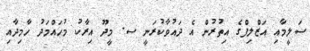
ސަލީމާއި އަޒްލިފްގެ އިތުރުން އެ ދައުވާކުރަނީ ސ. މީދޫ އިރާކު މުހައްމަދު ހާމިދާއި